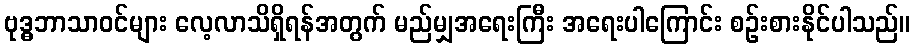
ဗုဒ္ဓဘာသာဝင်များ လေ့လာသိရှိရန်အတွက် မည်မျှအရေးကြီး အရေးပါကြောင်း စဉ်းစားနိုင်ပါသည်။